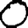
Digit: 0